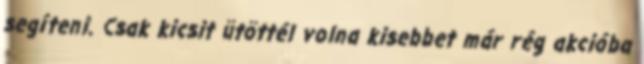
segíteni. Csak kicsit ütöttél volna kisebbet már rég akcióba